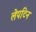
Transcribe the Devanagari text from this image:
लेपटिन